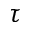
\tau